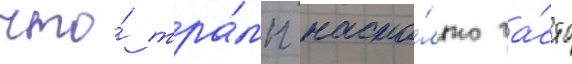
что́ тра́мп насто́лько ча́сто